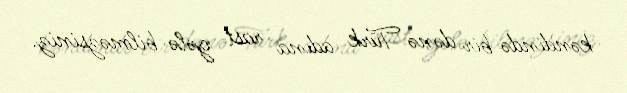
kəndində bir dənə Türk adına rast gələ bilməzsiniz.